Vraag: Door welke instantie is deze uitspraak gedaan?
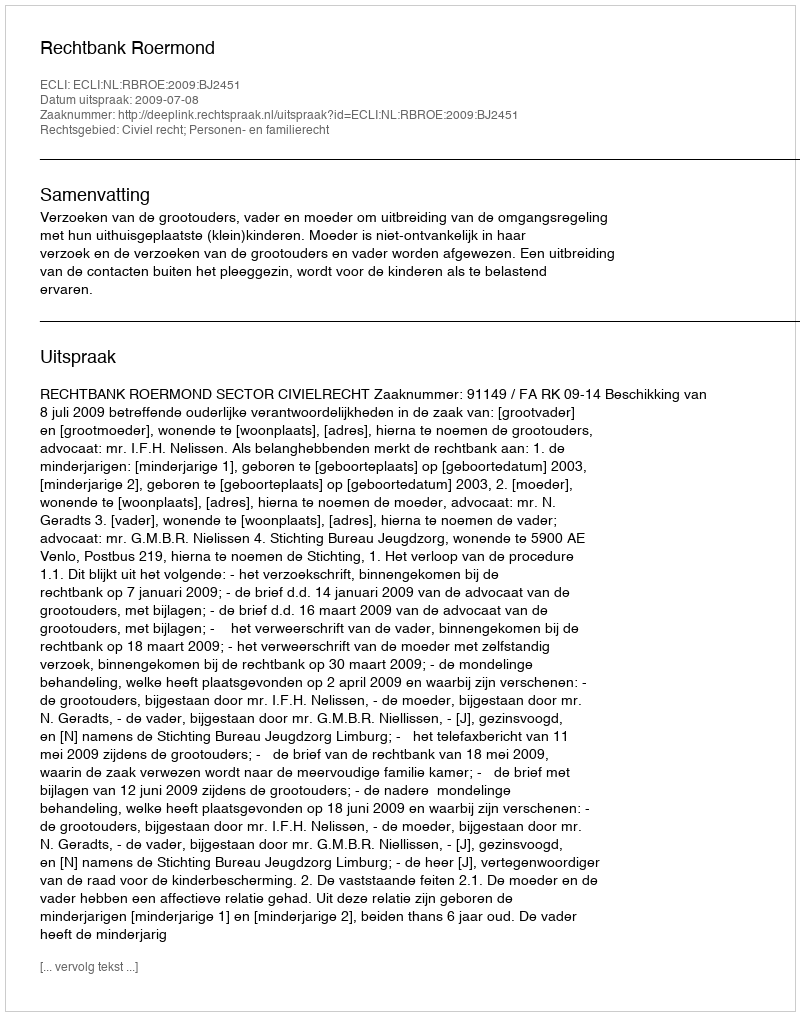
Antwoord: Rechtbank Roermond